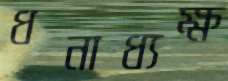
ধনাধ্যক্ষ